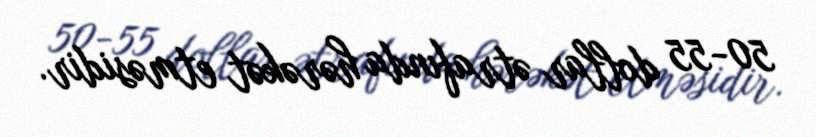
50-55 dollar ətrafında hərəkət etməsidir.